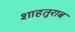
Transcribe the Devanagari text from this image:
शाहतुराब